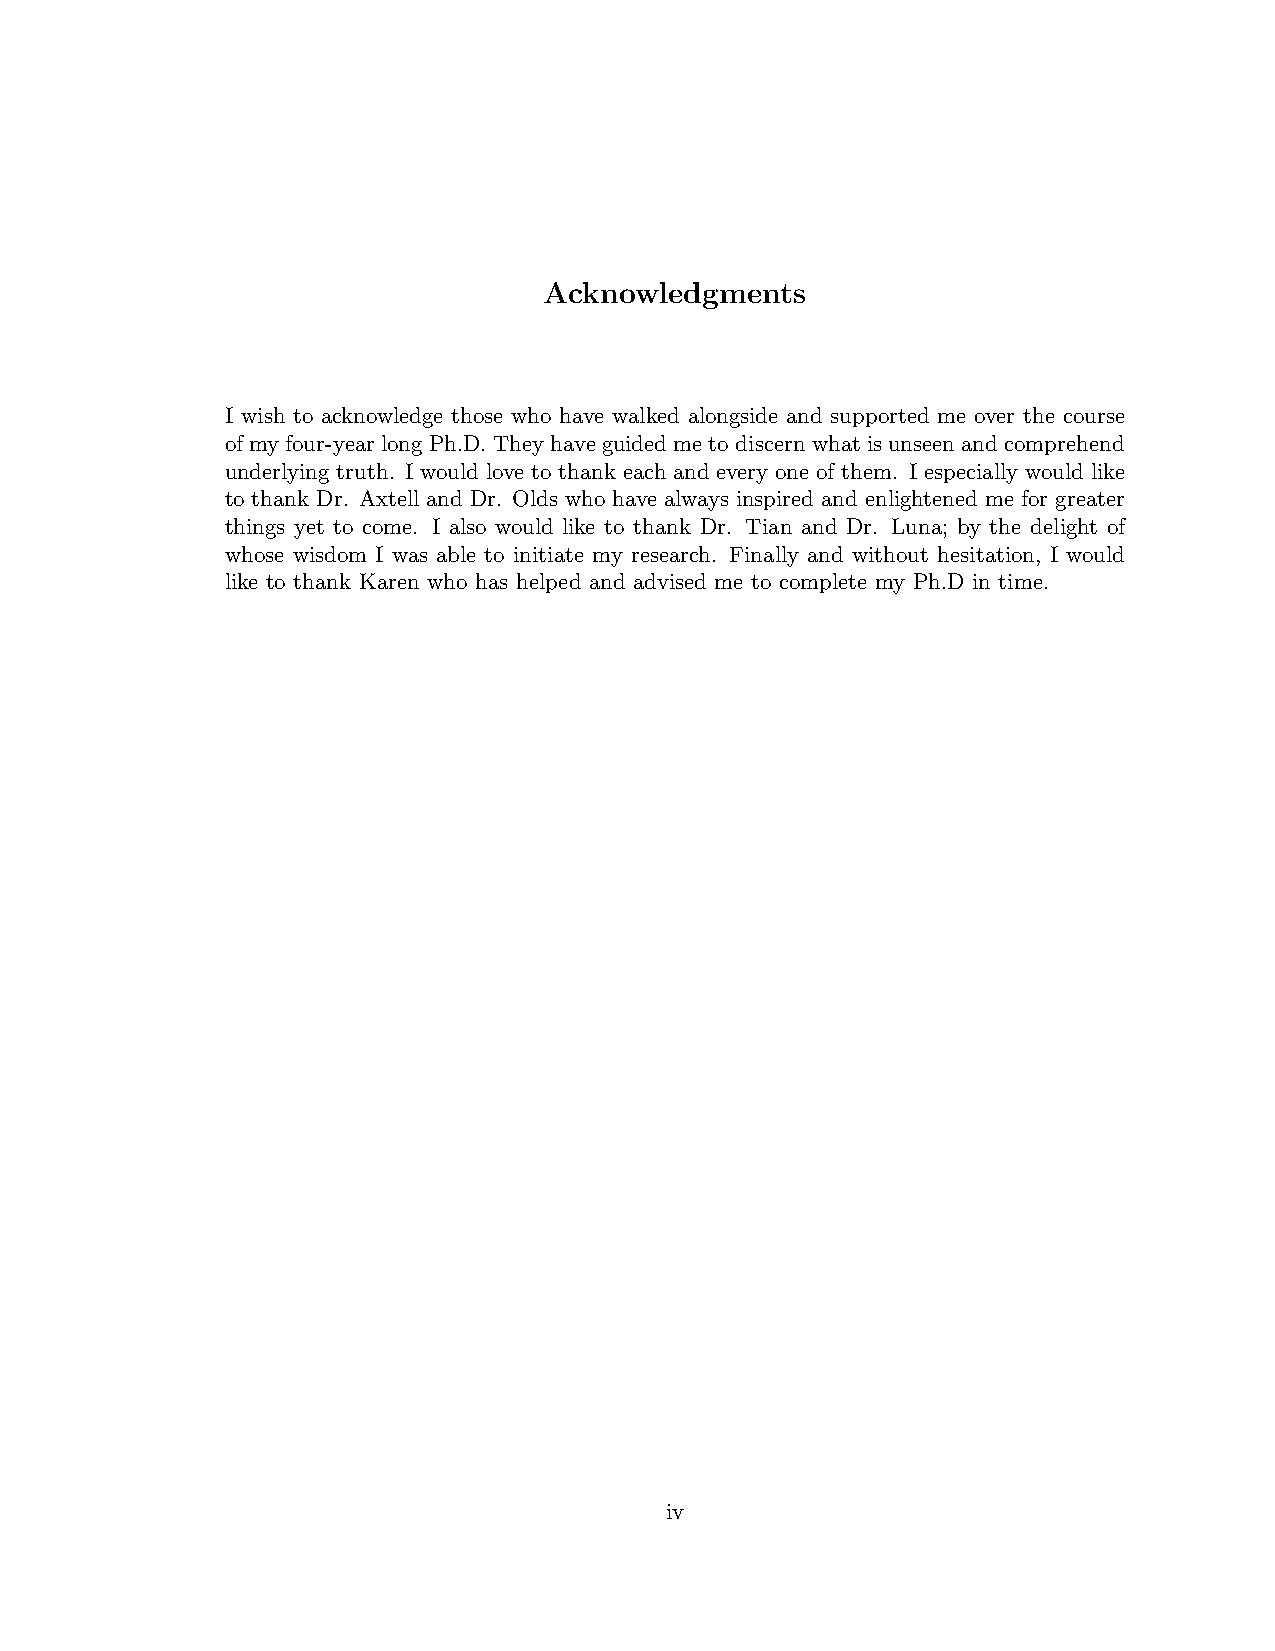
Acknowledgments
 I wish to acknowledge those who have walked alongside and supported me over the course
 of my four-year long Ph.D. They have guided me to discern what is unseen and comprehend
 underlying truth. I would love to thank each and every one of them. I especially would like
 to thank Dr. Axtell and Dr. Olds who have always inspired and enlightened me for greater
 things yet to come. I also would like to thank Dr. Tian and Dr. Luna; by the delight of
 whose wisdom I was able to initiate my research. Finally and without hesitation, I would
 like to thank Karen who has helped and advised me to complete my Ph.D in time.
 iv